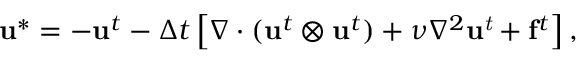
\mathbf { u } ^ { * } = - \mathbf { u } ^ { t } - { \Delta t } \left[ \nabla \cdot ( \mathbf { u } ^ { t } \otimes \mathbf { u } ^ { t } ) + \nu \nabla ^ { 2 } \mathit { \mathbf { u } ^ { t } } + \mathbf { f } ^ { t } \right] ,